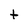
Character: t